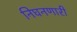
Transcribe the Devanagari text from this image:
निघनणारी